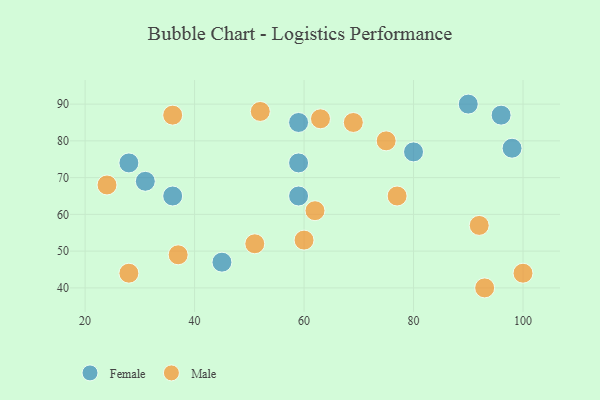
{"axis": {"x": "GDP", "y": "Life Expectancy"}, "legend": ["Female", "Male"], "data": [{"x": "31", "y": 69, "type": "Female"}, {"x": "59", "y": 74, "type": "Female"}, {"x": "45", "y": 47, "type": "Female"}, {"x": "59", "y": 65, "type": "Female"}, {"x": "59", "y": 85, "type": "Female"}, {"x": "36", "y": 65, "type": "Female"}, {"x": "98", "y": 78, "type": "Female"}, {"x": "96", "y": 87, "type": "Female"}, {"x": "80", "y": 77, "type": "Female"}, {"x": "28", "y": 74, "type": "Female"}, {"x": "90", "y": 90, "type": "Female"}, {"x": "51", "y": 52, "type": "Male"}, {"x": "36", "y": 87, "type": "Male"}, {"x": "62", "y": 61, "type": "Male"}, {"x": "92", "y": 57, "type": "Male"}, {"x": "24", "y": 68, "type": "Male"}, {"x": "52", "y": 88, "type": "Male"}, {"x": "100", "y": 44, "type": "Male"}, {"x": "28", "y": 44, "type": "Male"}, {"x": "75", "y": 80, "type": "Male"}, {"x": "37", "y": 49, "type": "Male"}, {"x": "60", "y": 53, "type": "Male"}, {"x": "93", "y": 40, "type": "Male"}, {"x": "69", "y": 85, "type": "Male"}, {"x": "77", "y": 65, "type": "Male"}, {"x": "63", "y": 86, "type": "Male"}]}